Vaccination North-Western Provinces and Oudh 1878-1895 - 1878-1895
Year: 1878
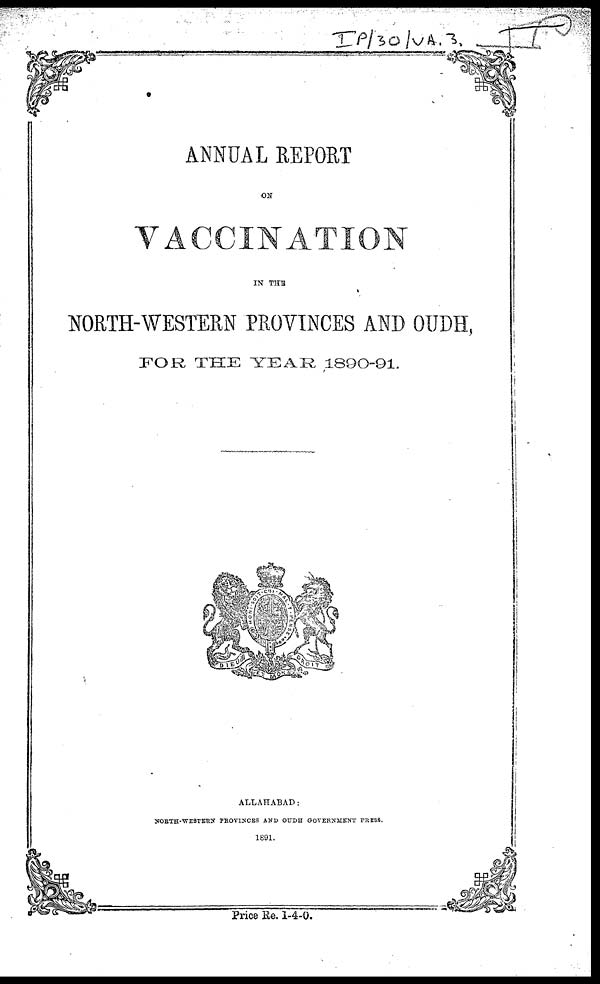
ANNUAL REPORT
ON
VACCINATION
IN THE
NORTH-WESTERN PROVINCES AND OUDH,
FOR THE YEAR 1890-91.
ALLAHABAD:
NORTH-WESTERN PROVINCES AND OUDH GOVERNMENT PRESS.
1891.
Price Re. 1-4-0.